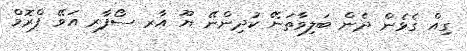
ގިއް ގެޅެން ދެން ބަލިވާތަނޭ ކުދިންނޭ ޔޫ އާރ ސޯފާރ އަވޭ ފްރޮމް